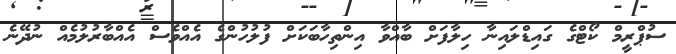
ސުޕްރީމް ކޯޓްގެ ގައިޑްލައިނާ ހިލާފަށް ބާއްވާ އިންތިހާބަކަށް ފުލުހުންގެ އެއްވެސް އެއްބާރުލުމެއް ނުދޭނެ